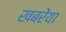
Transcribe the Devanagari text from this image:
खबरेंया